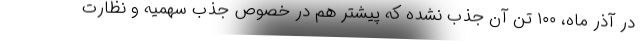
در آذر ماه، ۱۰۰ تن آن جذب نشده که پیشتر هم در خصوص جذب سهمیه و نظارت